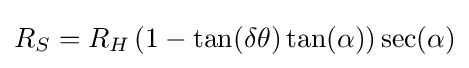
R_{S}=R_{H}\,(1-\tan(\delta \theta )\tan(\alpha ))\sec(\alpha )